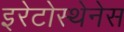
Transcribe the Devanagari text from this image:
इरेटोस्थेनेस